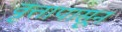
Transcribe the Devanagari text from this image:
वृत्तापासून